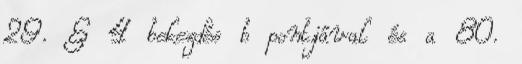
29. § 4 bekezdés b pontjával és a 80.